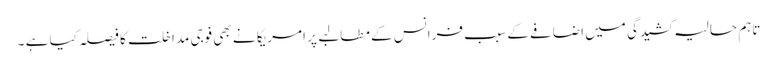
تاہم حالیہ کشیدگی میں اضافے کے سبب فرانس کے مطالبے پر امریکا نے بھی فوجی مداخلت کا فیصلہ کیا ہے ۔